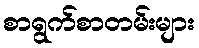
စာရွက်စာတမ်းများ